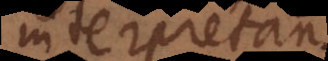
interpretantur.